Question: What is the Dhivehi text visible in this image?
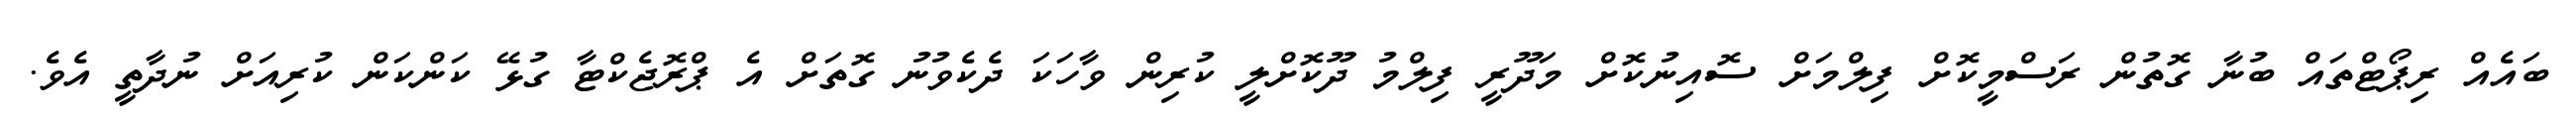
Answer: ބައެއް ރިޕޯޓްތައް ބުނާ ގޮތުން ރަސްމީކޮށް ފިލްމަށް ސޮއިނުކޮށް މަދޫރީ ފިލްމު ދޫކޮށްލީ ކުރިން ވާހަކަ ދެކެވުނު ގޮތަށް އެ ޕްރޮޖެކްޓާ ގުޅޭ ކަންކަން ކުރިއަށް ނުދާތީ އެވެ.